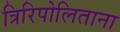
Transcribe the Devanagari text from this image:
त्रिरिपोलिताना